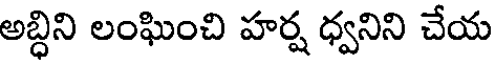
అబ్ధిని లంఘించి హర్ష ధ్వనిని చేయ